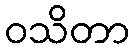
ဝသိတာ